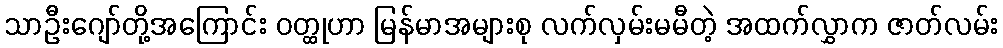
သာဦးဂျော်တို့အကြောင်း ဝတ္ထုဟာ မြန်မာအများစု လက်လှမ်းမမီတဲ့ အထက်လွှာက ဇာတ်လမ်း